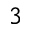
3